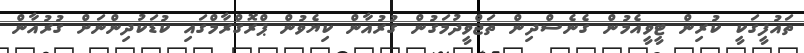
ތައުފީގަކީ ކުރިން ޓީވީއެމުން ގެނެސްދިން ތަޖްވީދުމަގުން ގުރުއާން ކިޔެވުން ޕްރޮގްރާމްގައި ކުޑަކުދިންނަށް ގުރުއާން